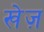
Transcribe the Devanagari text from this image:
खेज़